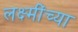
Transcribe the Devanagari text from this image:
लक्ष्मींच्या